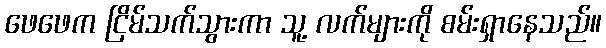
ဖေဖေက ငြိမ်သက်သွားကာ သူ့ လက်များကို စမ်းရှာနေသည်။